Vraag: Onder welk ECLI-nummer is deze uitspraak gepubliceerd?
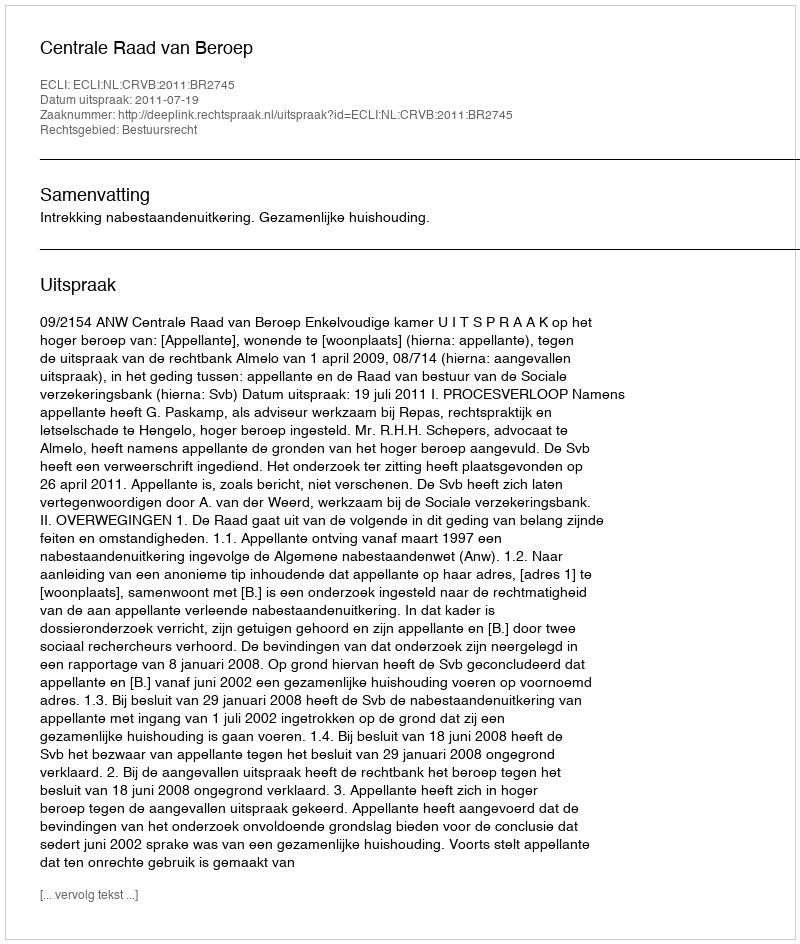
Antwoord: ECLI:NL:CRVB:2011:BR2745